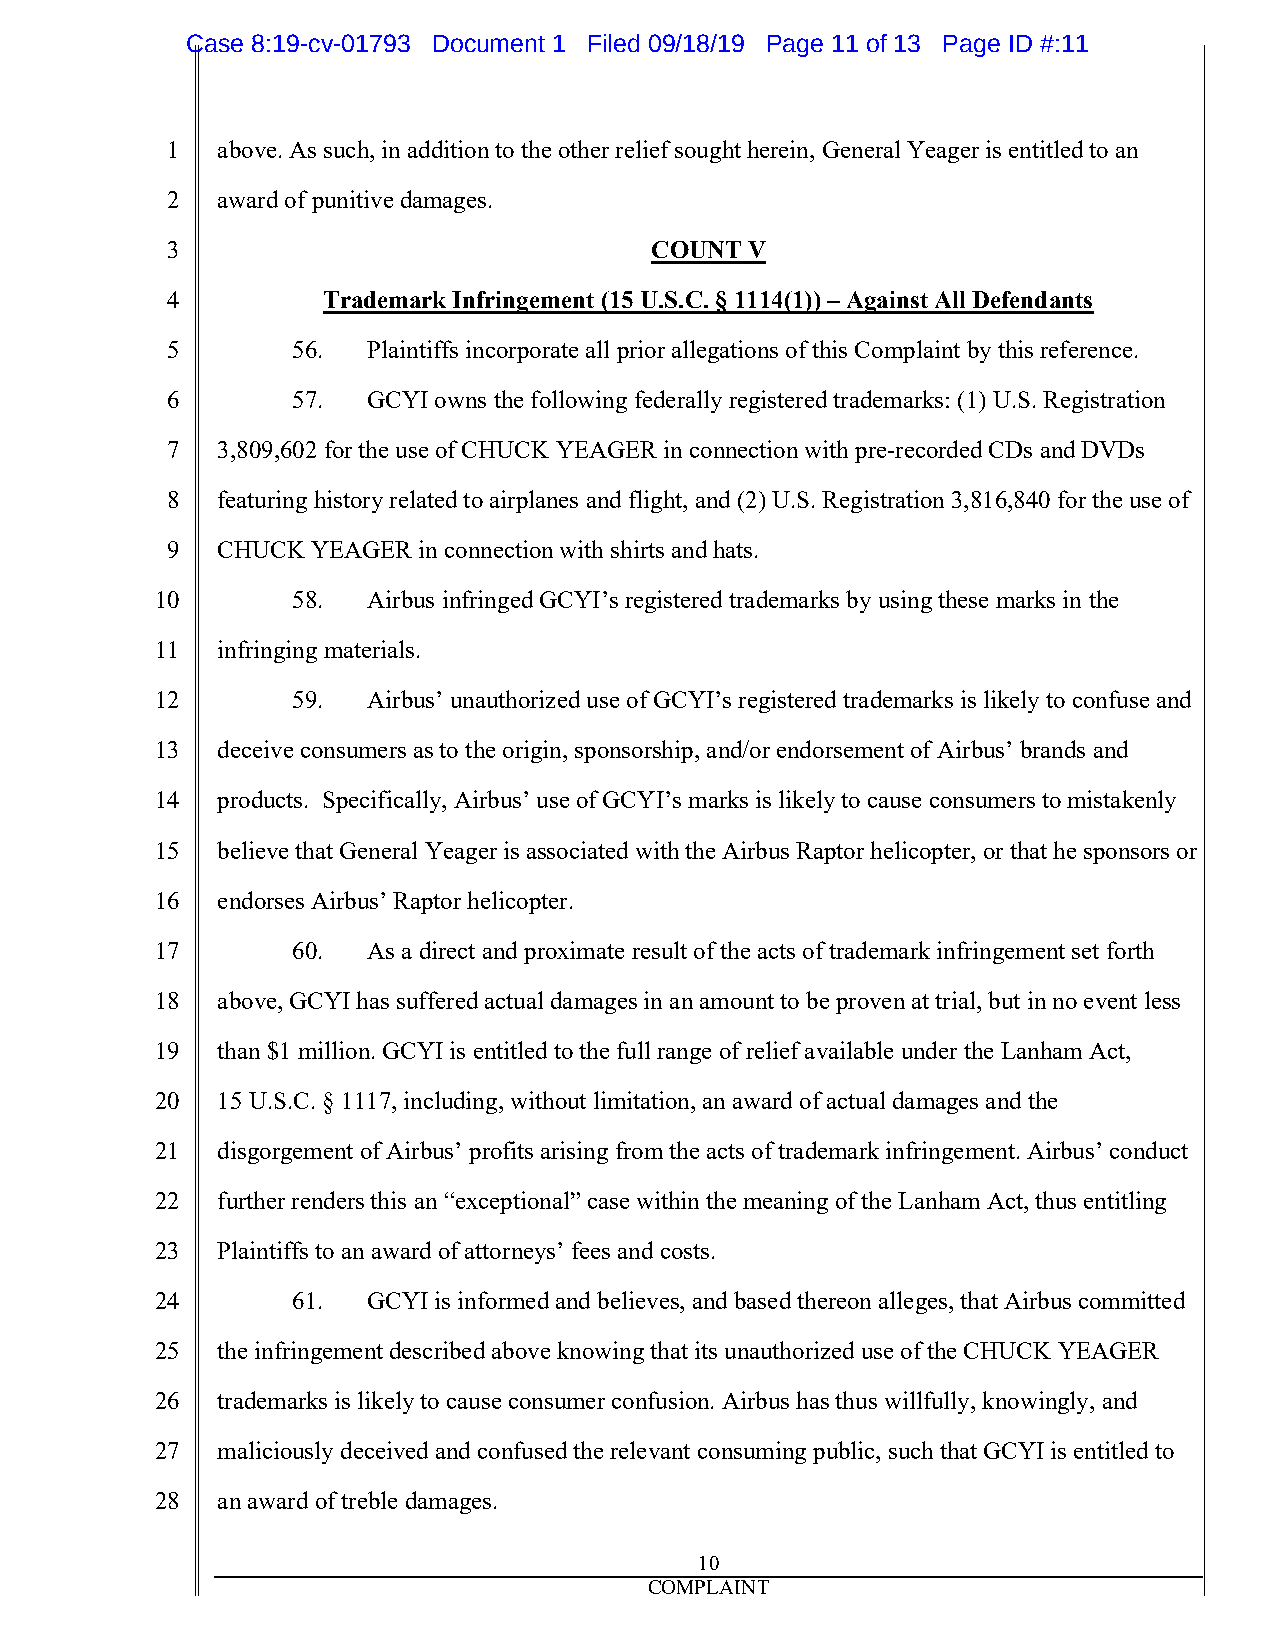
Case 8:19-cv-01793 Document 1 Filed 09/18/19 Page 11 of 13 Page ID #:11
 1  above. As such, in addition to the other relief sought herein, General Yeager is entitled to an
 2  award of punitive damages.
 3                               COUNT  V
 4         Trademark Infringement (15 U.S.C. § 1114(1)) – Against All Defendants
 5       56.  Plaintiffs incorporate all prior allegations of this Complaint by this reference.
 6       57.  GCYI owns the following federally registered trademarks: (1) U.S. Registration
 7  3,809,602 for the use of CHUCK YEAGER in connection with pre-recorded CDs and DVDs
 8  featuring history related to airplanes and flight, and (2) U.S. Registration 3,816,840 for the use of
 9  CHUCK  YEAGER in connection with shirts and hats.
 10       58.  Airbus infringed GCYI’s registered trademarks by using these marks in the
 11  infringing materials.
 12       59.  Airbus’ unauthorized use of GCYI’s registered trademarks is likely to confuse and
 13  deceive consumers as to the origin, sponsorship, and/or endorsement of Airbus’ brands and
 14  products. Specifically, Airbus’ use of GCYI’s marks is likely to cause consumers to mistakenly
 15  believe that General Yeager is associated with the Airbus Raptor helicopter, or that he sponsors or
 16  endorses Airbus’ Raptor helicopter.
 17       60.  As a direct and proximate result of the acts of trademark infringement set forth
 18  above, GCYI has suffered actual damages in an amount to be proven at trial, but in no event less
 19  than $1 million. GCYI is entitled to the full range of relief available under the Lanham Act,
 20  15 U.S.C. § 1117, including, without limitation, an award of actual damages and the
 21  disgorgement of Airbus’ profits arising from the acts of trademark infringement. Airbus’ conduct
 22  further renders this an “exceptional” case within the meaning of the Lanham Act, thus entitling
 23  Plaintiffs to an award of attorneys’ fees and costs.
 24       61.  GCYI is informed and believes, and based thereon alleges, that Airbus committed
 25  the infringement described above knowing that its unauthorized use of the CHUCK YEAGER
 26  trademarks is likely to cause consumer confusion. Airbus has thus willfully, knowingly, and
 27  maliciously deceived and confused the relevant consuming public, such that GCYI is entitled to
 28  an award of treble damages.
 10
 COMPLAINT